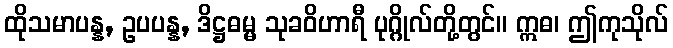
ထိုသမာပန္န, ဥပပန္န, ဒိဋ္ဌဓမ္မ သုခဝိဟာရီ ပုဂ္ဂိုလ်တို့တွင်။ ဣဓ၊ ဤကုသိုလ်